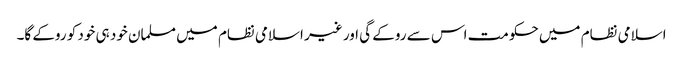
اسلامی نظام میں حکومت اس سے روکے گی اور غیر اسلامی نظام میں مسلمان خود ہی خود کو روکے گا۔